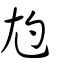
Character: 尥